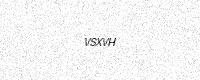
Text: VSXVH